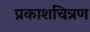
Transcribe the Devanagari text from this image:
प्रकाशचित्रण